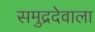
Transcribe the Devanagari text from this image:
समुद्रदेवाला